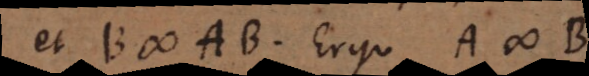
et B # AB. Ergo A # B;